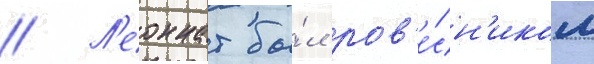
// Л'еоннат бы́л ров'е́сн'иком